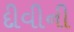
દીવીની